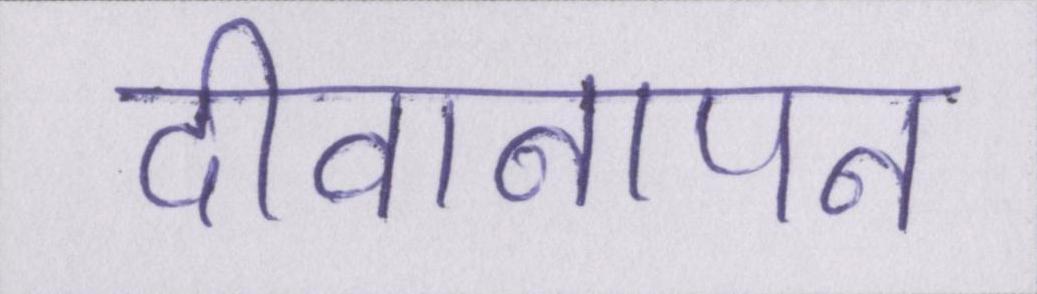
दीवानापन